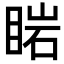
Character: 𥇷